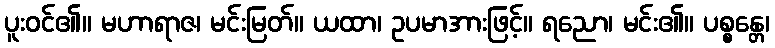
ပူးဝင်၏။ မဟာရာဇ၊ မင်းမြတ်။ ယထာ၊ ဥပမာအားဖြင့်။ ရညော၊ မင်း၏။ ပစ္စန္တေ၊